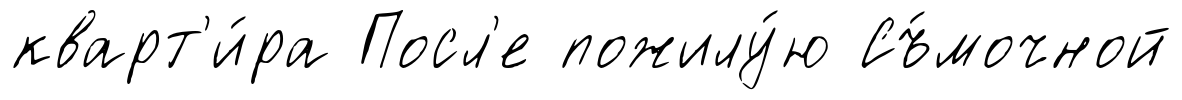
кварт'и́ра Посл'е пожилу́ю Съ́мочной